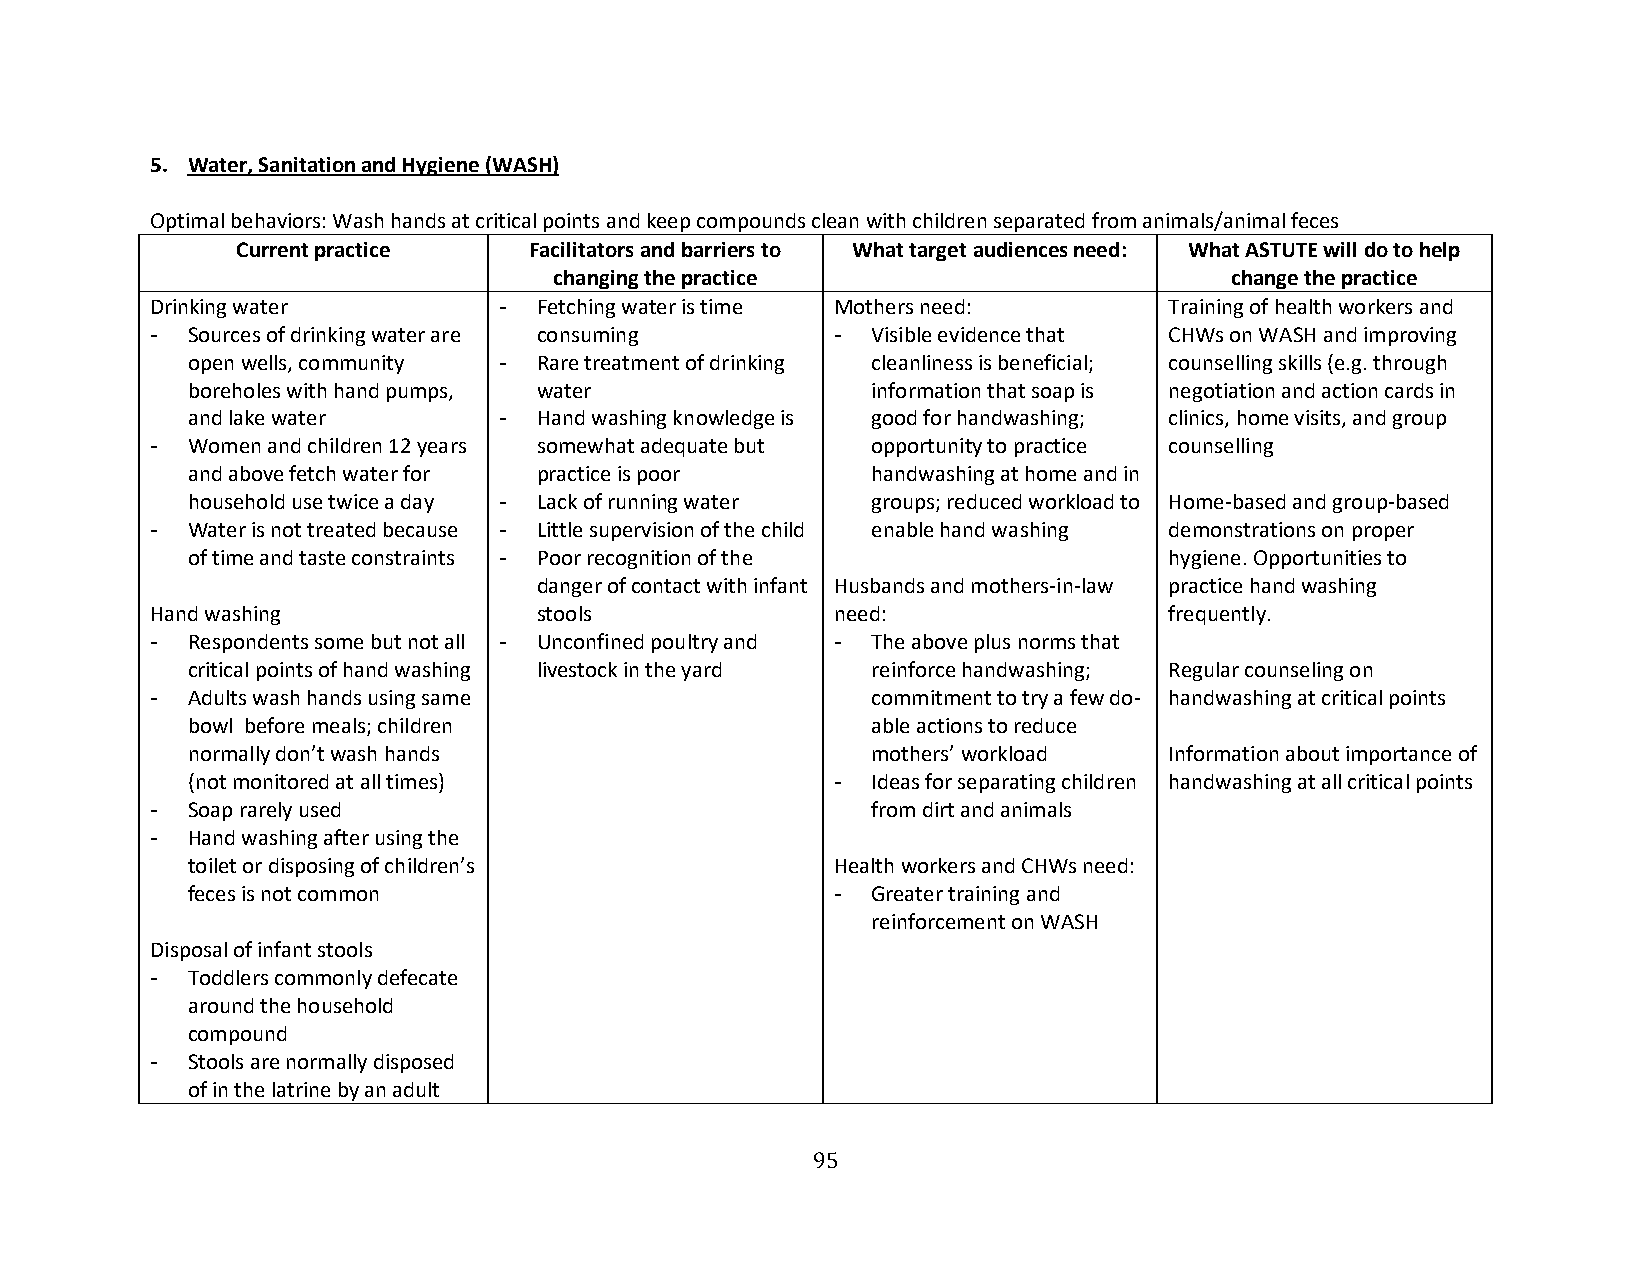
5. Water, Sanitation and Hygiene (WASH)
 Optimal behaviors: Wash hands at critical points and keep compounds clean with children separated from animals/animal feces
 Current practice   Facilitators and barriers to What target audiences need: What ASTUTE will do to help
 changing the practice                       change the practice
 Drinking water         -  Fetching water is time Mothers need:     Training of health workers and
 - Sources of drinking water are consuming    -  Visible evidence that CHWs on WASH and improving
 open wells, community - Rare treatment of drinking cleanliness is beneficial; counselling skills (e.g. through
 boreholes with hand pumps, water              information that soap is negotiation and action cards in
 and lake water       -  Hand washing knowledge is good for handwashing; clinics, home visits, and group
 - Women and children 12 years somewhat adequate but opportunity to practice counselling
 and above fetch water for practice is poor    handwashing at home and in
 household use twice a day - Lack of running water groups; reduced workload to Home-based and group-based
 - Water is not treated because - Little supervision of the child enable hand washing demonstrations on proper
 of time and taste constraints - Poor recognition of the          hygiene. Opportunities to
 danger of contact with infant Husbands and mothers-in-law practice hand washing
 Hand washing              stools             need:                 frequently.
 - Respondents some but not all - Unconfined poultry and - The above plus norms that
 critical points of hand washing livestock in the yard reinforce handwashing; Regular counseling on
 - Adults wash hands using same                  commitment to try a few do- handwashing at critical points
 bowl before meals; children                   able actions to reduce
 normally don’t wash hands                     mothers’ workload  Information about importance of
 (not monitored at all times)               -  Ideas for separating children handwashing at all critical points
 - Soap rarely used                              from dirt and animals
 - Hand washing after using the
 toilet or disposing of children’s          Health workers and CHWs need:
 feces is not common                        -  Greater training and
 reinforcement on WASH
 Disposal of infant stools
 - Toddlers commonly defecate
 around the household
 compound
 - Stools are normally disposed
 of in the latrine by an adult
 95